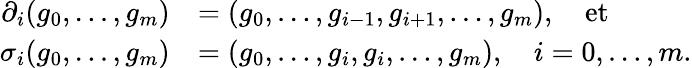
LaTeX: \begin{array}{rl}{\partial_{i}(g_{0},\ldots,g_{m})}&{=(g_{0},\ldots,g_{i-1},g_{i+1},\ldots,g_{m}),\quad\mathrm{et}}\\ {\sigma_{i}(g_{0},\ldots,g_{m})}&{=(g_{0},\ldots,g_{i},g_{i},\ldots,g_{m}),\quad i=0,\ldots,m.}\end{array}